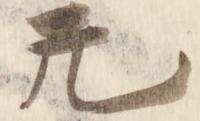
尤